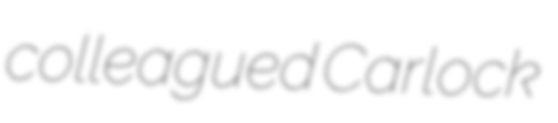
colleagued Carlock